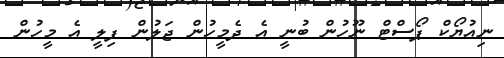
ނިއުޔޯކް ޕޯސްޓް ނޫހުން ބުނީ އެ ދެމީހުން ޖަލުން ފިލީ އެ މީހުން